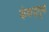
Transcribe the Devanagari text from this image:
कंकड़नुमा